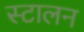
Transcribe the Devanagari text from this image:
स्टालन